Civil Veterinary Department Bihar reports 1940-50 - 1940-1950
Year: 1940
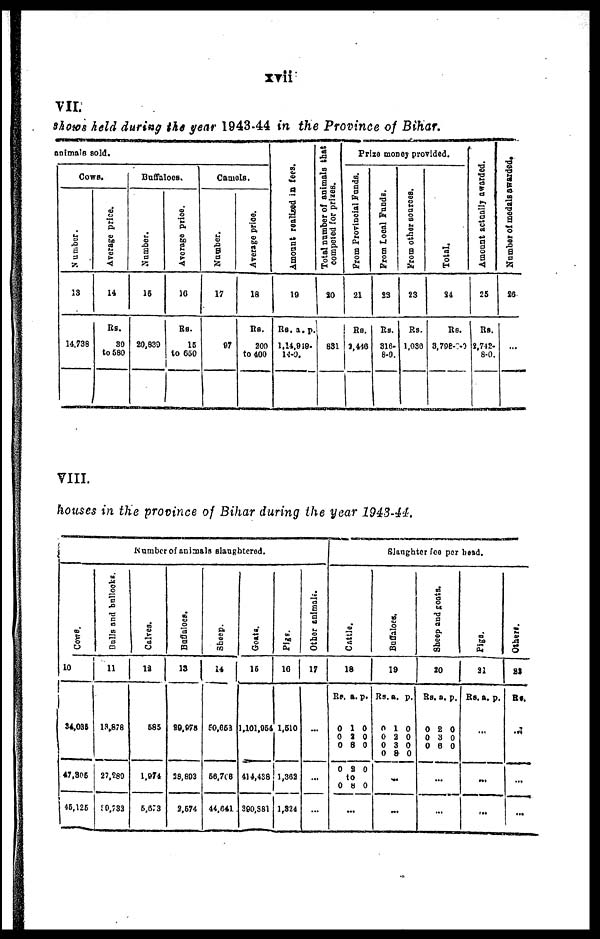
.xvii
VII.
shows held during the year 1943-44 in the Province of Bihar.
animals sold.
Cows.
Number.
13
14,738
Average price.
14
Rs.
30
to 580
Buffaloes.
Number.
15
20,839
Average price.
16
Rs.
15
to 650
Camels.
Number.
17
97
Average price.
18
Rs.
200
to 400
Amount realised in fees.
19
Rs. a. p.
1,14 ,949-
14-0
Total number of animals that
competed
for prizes.
20
831
Prize money provided.
From Provincial Funds.
21
Rs.
2,446
From Local Funds.
22
Rs.
316-
8-0.
From other sources.
23
Rs.
1,036
Total.
24
Rs.
3,798-0-0
Amount actually awarded.
25
Rs.
2,742
8.0.
Number of medals
awarded.
26
...
VIII.
houses in the province of Bihar during the year 1943-44.
Number of animals slaughtered.
Cows.
10
34,035
47,806
45,125
Bulls
and bullocks.
11
13,878
27,289
90,732
Calves.
12
585
1,974
5,673
Buffaloes.
13
29,978
28,893
2,574
Sheep.
14
50,653
56,706
44,041
Goats.
15
1,101,954
414,438
390,381
Pigs.
16
1,510
1,362
1,324
Other animals.
17
...
...
...
Slaughter fee per head.
Cat t l e.
18
Rs.
0
0
0
0
a.
1
2
8
2
p.
0
0
0
0
to
0
.
8
..
0
Buf f
al oes .
19
Rs.
0
0
0
0
...
a.
1
2
3
8
...
p.
0
0
0
0
Sheep and goats.
20
Rs,
0
0
0
.
...
a.
2
3
6
..
p.
0
0
0
Pi gs.
21
Rs.
...
...
a.
...
p.
Others.
22
Rs.
...
...
...